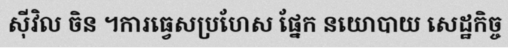
ស៊ីវិល ចិន ។ការធ្វេសប្រហែស ផ្នែក នយោបាយ សេដ្ឋកិច្ច